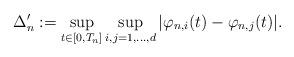
LaTeX: \begin{align*} \Delta_n' := \sup_{t \in [0, T_n]} \sup_{i, j = 1, ... , d} |\varphi_{n, i}(t) - \varphi_{n,j}(t)|.\end{align*}